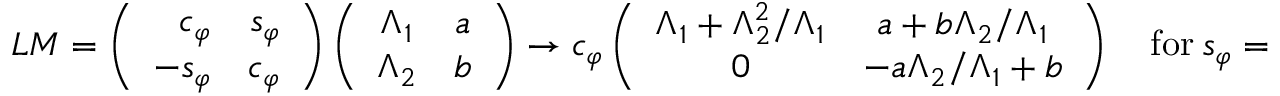
L M = \left( \begin{array} { r r } { { c _ { \varphi } } } & { { s _ { \varphi } } } \\ { { - s _ { \varphi } } } & { { c _ { \varphi } } } \end{array} \right) \left( \begin{array} { c c } { { \Lambda _ { 1 } } } & { { a } } \\ { { \Lambda _ { 2 } } } & { { b } } \end{array} \right) \rightarrow c _ { \varphi } \left( \begin{array} { c c } { { \Lambda _ { 1 } + \Lambda _ { 2 } ^ { 2 } / \Lambda _ { 1 } } } & { { a + b \Lambda _ { 2 } / \Lambda _ { 1 } } } \\ { { 0 } } & { { - a \Lambda _ { 2 } / \Lambda _ { 1 } + b } } \end{array} \right) \quad \mathrm { f o r } \ s _ { \varphi } = c _ { \varphi } \Lambda _ { 2 } / \Lambda _ { 1 } ;